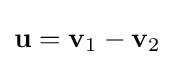
\mathbf {u} =\mathbf {v} _{1}-\mathbf {v} _{2}